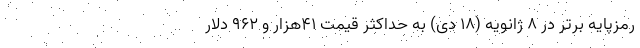
رمزپایه برتر در 8 ژانویه (۱۸ دی) به حداکثر قیمت 41هزار و 962 دلار